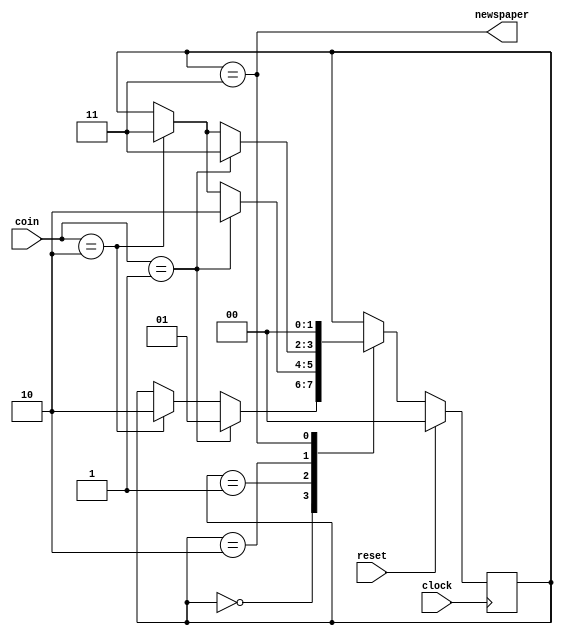
//
//-------------------------------------------------------------------------------------------------
// This is an example to show you how to write simple Verilog HDL program.
// Copy right belongs to SCSE of BUAA, 2013
//-------------------------------------------------------------------------------------------------
// Title        : Newspaper vending machine
//-------------------------------------------------------------------------------------------------
// Description  : 
// Note         : 
//-------------------------------------------------------------------------------------------------

module vend_ctrl( coin, clock, reset, newspaper ) ;
    input   [1:0]   coin ;                              // input two bits coin
    input           clock ;                             // system clock
    input           reset ;                             // synchronous reset
    output          newspaper ;                         // output newspaper
    wire            newspaper ;                         
    
    // variables declaration
    reg     [1:0]   fsm_state ;                         // define fsm_state as a reg to note coins input
    
    // codes of state mechine
    parameter   S0  = 2'b00 ;                           // define state S0 as two bits binary 00
    parameter   S5  = 2'b01 ;                           // define state S5 as two bits binary 01
    parameter   S10 = 2'b10 ;                           // define state S10 as two bits binary 10
    parameter   S15 = 2'b11 ;                           // define state S15 as two bits binary 11
    // codes of coin input
    parameter   COIN_0  = 2'b00 ;                       // define constant COIN_0 as two bits binary 00,get 0-cent
    parameter   COIN_5  = 2'b01 ;                       // define constant COIN_5 as two bits binary 01,get a d-cent coin
    parameter   COIN_10 = 2'b10 ;                       // define constant COIN_10 as two bits binary 10,get a 10-cent coin

    // 
    assign  newspaper = (fsm_state == S15) ;            // if fsm_state == S15 ,newspaper out
    
    //
    always  @( posedge clock )
        if ( reset )
            fsm_state <= S0 ;                                           // reset == 1 , fsm_state <=S0
        else
            case ( fsm_state ) 
                S0  :   if      ( coin == COIN_5 )  fsm_state <= S5 ;   // S0 --> S5 : get a 5-cent coin
                        else if ( coin == COIN_10 ) fsm_state <= S10 ;  // S0 --> S10: get a 10-cent coin
                S5  :   if      ( coin == COIN_5 )   fsm_state <= S10 ; // S5 --> S10: get a 5-cent coin
                        else if ( coin == COIN_10 )  fsm_state <= S15 ; // S5 --> S15: get a 10-cent coin
                S10 :   if      ( coin == COIN_5 )  fsm_state <= S15 ;  // S10 --> S15: get a 5-cent coin
                        else if ( coin == COIN_10 ) fsm_state <= S15 ;  // S10 --> S15: get a 10-cent coin
                S15 :   fsm_state  <= S0 ;                              // if S15 , fsm_state turns to S0
                default : fsm_state <= S0 ;                             // if state!=S0 or S5 or S10 or S15, fsm_state turns to S0
            endcase

endmodule